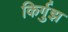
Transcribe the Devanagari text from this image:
किर्गुझ